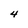
Character: 4